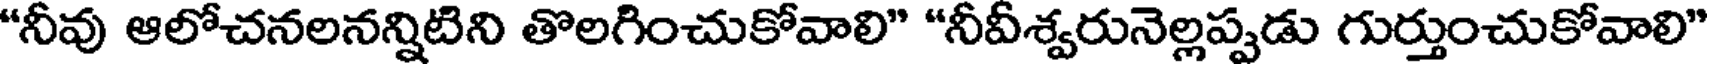
"నీవు ఆలోచనలనన్నిటిని తొలగించుకోవాలి" "నీవీశ్వరునెల్లప్పడు గుర్తుంచుకోవాలి"